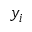
y _ { i }